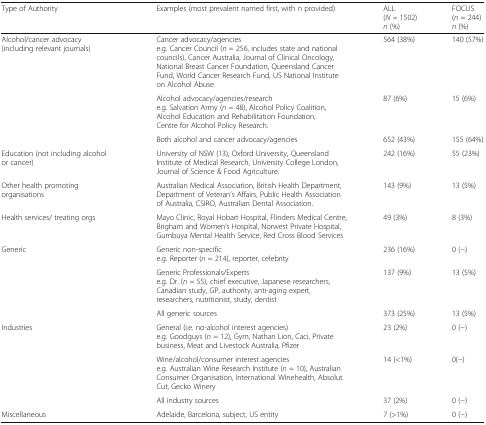
<table><thead><tr><td><b>Type of Authority</b></td><td><b>Examples (most prevalent named first, with n provided)</b></td><td><b>ALL(<i>N</i> = 1502)<i>n</i> (%)</b></td><td><b>FOCUS(<i>n</i> = 244)<i>n</i> (%)</b></td></tr></thead><tbody><tr><td rowspan="3">Alcohol/cancer advocacy (including relevant journals)</td><td>Cancer advocacy/agenciese.g. Cancer Council (<i>n</i> = 256, includes state and national councils), Cancer Australia, Journal of Clinical Oncology, National Breast Cancer Foundation, Queensland Cancer Fund, World Cancer Research Fund, US National Institute on Alcohol Abuse.</td><td>564 (38%)</td><td>140 (57%)</td></tr><tr><td>Alcohol advocacy/agencies/researche.g. Salvation Army (<i>n</i> = 48), Alcohol Policy Coalition, Alcohol Education and Rehabilitation Foundation, Centre for Alcohol Policy Research.</td><td>87 (6%)</td><td>15 (6%)</td></tr><tr><td>Both alcohol and cancer advocacy/agencies</td><td>652 (43%)</td><td>155 (64%)</td></tr><tr><td>Education (not including alcohol or cancer)</td><td>University of NSW (13), Oxford University, Queensland Institute of Medical Research, University College London, Journal of Science &amp; Food Agriculture.</td><td>242 (16%)</td><td>55 (23%)</td></tr><tr><td>Other health promoting organisations</td><td>Australian Medical Association, British Health Department, Department of Veteran’s Affairs, Public Health Association of Australia, CSIRO, Australian Dental Association.</td><td>143 (9%)</td><td>13 (5%)</td></tr><tr><td>Health services/ treating orgs</td><td>Mayo Clinic, Royal Hobart Hospital, Flinders Medical Centre, Brigham and Women’s Hospital, Norwest Private Hospital, Gumbuya Mental Health Service, Red Cross Blood Services</td><td>49 (3%)</td><td>8 (3%)</td></tr><tr><td rowspan="3">Generic</td><td>Generic non-specifice.g. Reporter (<i>n</i> = 214), reporter, celebrity</td><td>236 (16%)</td><td>0 (−)</td></tr><tr><td>Generic Professionals/Expertse.g. Dr. (<i>n</i> = 55), chief executive, Japanese researchers, Canadian study, GP, authority, anti-aging expert, researchers, nutritionist, study, dentist</td><td>137 (9%)</td><td>13 (5%)</td></tr><tr><td>All generic sources</td><td>373 (25%)</td><td>13 (5%)</td></tr><tr><td rowspan="3">Industries</td><td>General (i.e. no-alcohol interest agencies)e.g. Goodguys (<i>n</i> = 12), Gym, Nathan Lion, Caci, Private business, Meat and Livestock Australia, Pfizer</td><td>23 (2%)</td><td>0 (−)</td></tr><tr><td>Wine/alcohol/consumer interest agenciese.g. Australian Wine Research Institute (<i>n</i> = 10), Australian Consumer Organisation, International Winehealth, Absolut Cut, Gecko Winery</td><td>14 (&lt;1%)</td><td>0(−)</td></tr><tr><td>All industry sources</td><td>37 (2%)</td><td>0 (−)</td></tr><tr><td>Miscellaneous</td><td>Adelaide, Barcelona, subject, US entity</td><td>7 (&gt;1%)</td><td>0 (−)</td></tr></tbody></table>